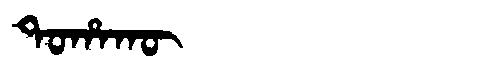
Manchu: ᡨᠣᡥᠠᡴᡡ
Romanization: TOHAKŪ